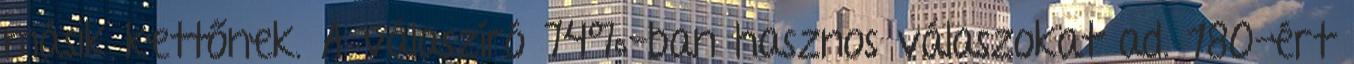
másik kettőnek. A válaszíró 74%-ban hasznos válaszokat ad. 180-ért